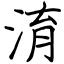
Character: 淯